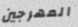
المهرجين